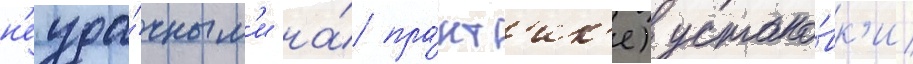
н'еуда́чным'и на́ пра́кт'ик'е) устано́вк'и